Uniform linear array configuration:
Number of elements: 4
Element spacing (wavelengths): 1
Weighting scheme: blackman
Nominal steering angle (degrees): -30
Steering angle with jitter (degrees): -29.772
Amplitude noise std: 0.05
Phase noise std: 0.05

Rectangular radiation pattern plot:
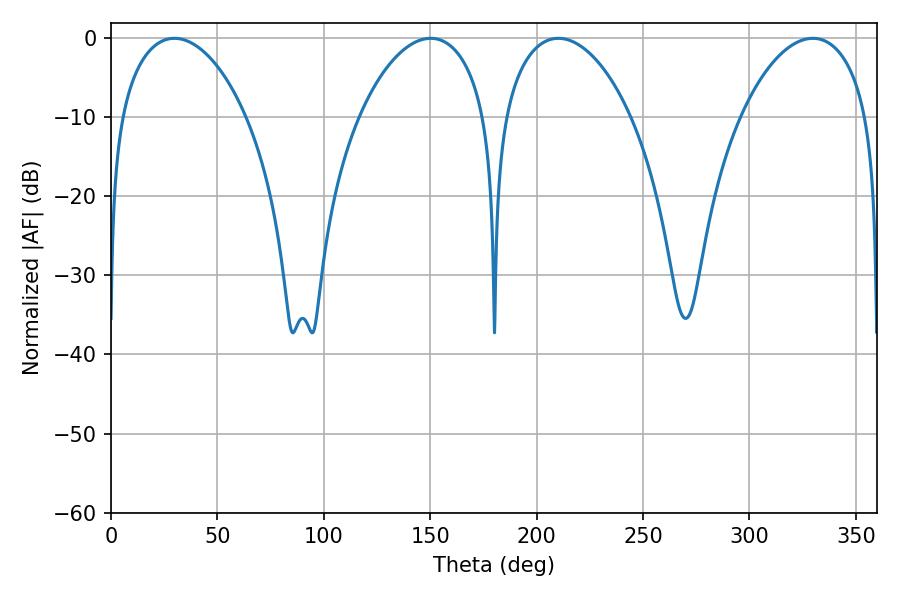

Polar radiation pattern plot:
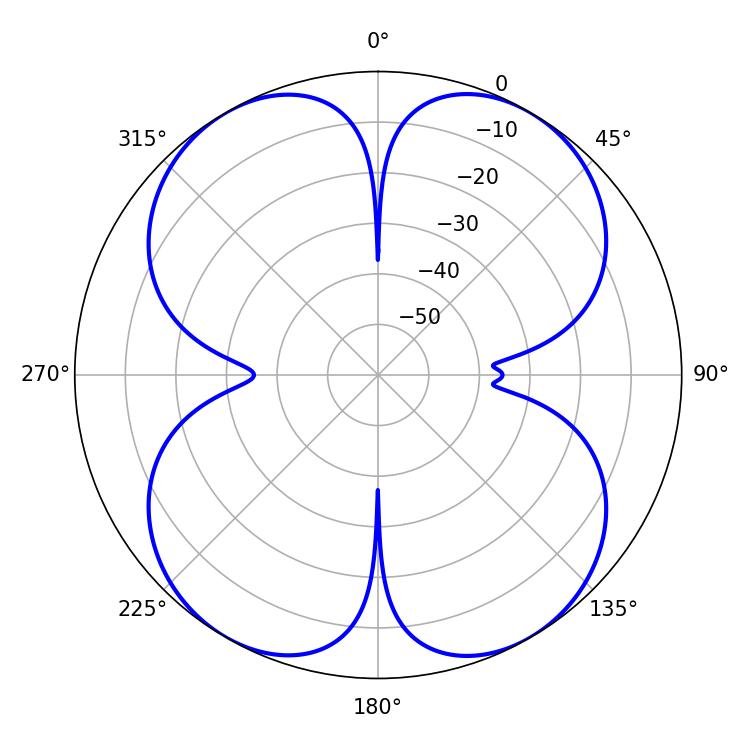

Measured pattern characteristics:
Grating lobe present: TRUE
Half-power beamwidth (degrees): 34.02
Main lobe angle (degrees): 210.24